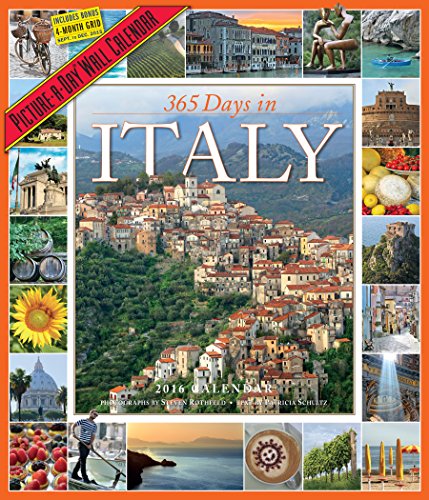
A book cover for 365 Days in Italy Picture-A-Day Wall Calendar 2016; Patricia Schultz; Calendars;